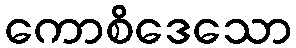
ကောစိဒေသော